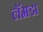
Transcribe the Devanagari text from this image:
लॅमडा